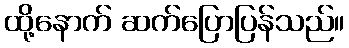
ထို့နောက် ဆက်ပြောပြန်သည်။